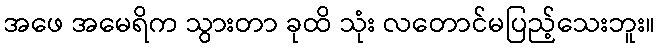
အဖေ အမေရိက သွားတာ ခုထိ သုံး လတောင်မပြည့်သေးဘူး။